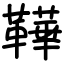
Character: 鞾